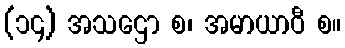
(၁၄) အသဌော စ၊ အမာယာဝီ စ။